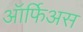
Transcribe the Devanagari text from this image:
ऑर्फिअस